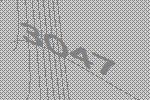
3047